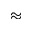
\approx